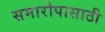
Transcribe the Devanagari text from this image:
समारोपासाठी